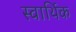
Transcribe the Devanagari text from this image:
स्वार्थिक